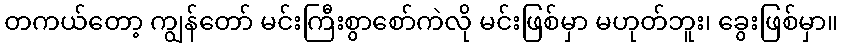
တကယ်တော့ ကျွန်တော် မင်းကြီးစွာစော်ကဲလို မင်းဖြစ်မှာ မဟုတ်ဘူး၊ ခွေးဖြစ်မှာ။